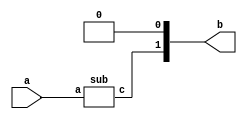
module top(input a, output [1:0] b);
(* submod="bar" *) sub s1(a, b[1]);
assign b[0] = 1'b0;
endmodule

module sub(input a, output c);
assign c = a;
endmodule